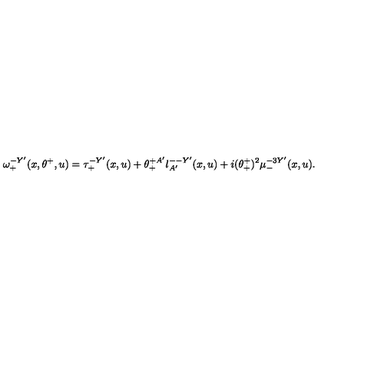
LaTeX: \omega _ { + } ^ { - Y ^ { \prime } } ( x , \theta ^ { + } , u ) = \tau _ { + } ^ { - Y ^ { \prime } } ( x , u ) + \theta _ { + } ^ { + A ^ { \prime } } l _ { A ^ { \prime } } ^ { -- Y ^ { \prime } } ( x , u ) + i ( \theta _ { + } ^ { + } ) ^ { 2 } \mu _ { - } ^ { - 3 Y ^ { \prime } } ( x , u ) .